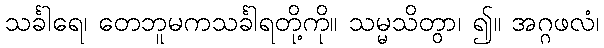
သင်္ခါရေ၊ တေဘူမကသင်္ခါရတို့ကို။ သမ္မသိတွာ၊ ၍။ အဂ္ဂဖလံ၊